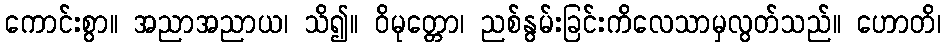
ကောင်းစွာ။ အညာအညာယ၊ သိ၍။ ဝိမုတ္တော၊ ညစ်နွမ်းခြင်းကိလေသာမှလွတ်သည်။ ဟောတိ၊